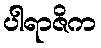
ပါရာဇိက